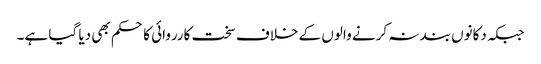
جبکہ دکانوں بند نہ کرنے والوں کے خلاف سخت کارروائی کا حکم بھی دیا گیا ہے۔